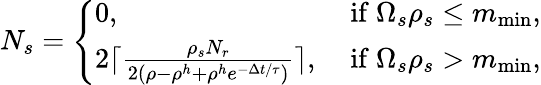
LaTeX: N_{s}=\left\{ \begin{array}{ll}{0,}&{\mathrm{~if~}\Omega_{s}\rho_{s}\leq m_{\operatorname*{min}},}\\ {2\lceil\frac{\rho_{s}N_{r}}{2(\rho-\rho^{h}+\rho^{h}e^{-\Delta t/\tau})}\rceil,}&{\mathrm{~if~}\Omega_{s}\rho_{s}>m_{\operatorname*{min}},}\end{array}\right.